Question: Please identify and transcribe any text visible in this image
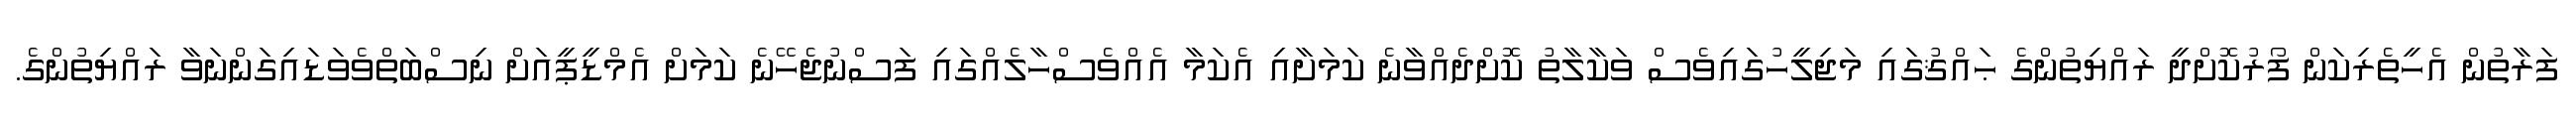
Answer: ފަރާތުން އެހީތެރިކަން ފޯރުކޮށްދީ ރައްޔިތުންގެ ޙައްޤުގައި މަޖިލީހުގައިވެސް ވަކާލާތު ކޮށްދެއްވާނެ ކަމަށާއި އެކަމާ އެއްވެސްހާލެއްގައި ފަސްނުޖެހޭނެ ކަމަށް އެމްޑީޕީއަށް ނިސްބަތްވެވަޑައިގަންނަވާ ރައްޔިތުންގެ.